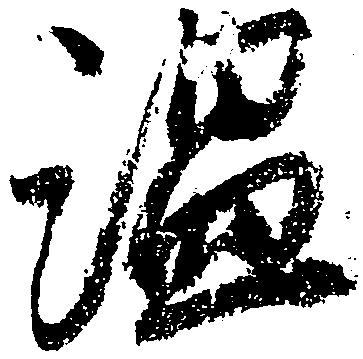
温